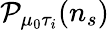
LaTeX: \mathcal{P}_{\mu_{0}\tau_{i}}(n_{s})